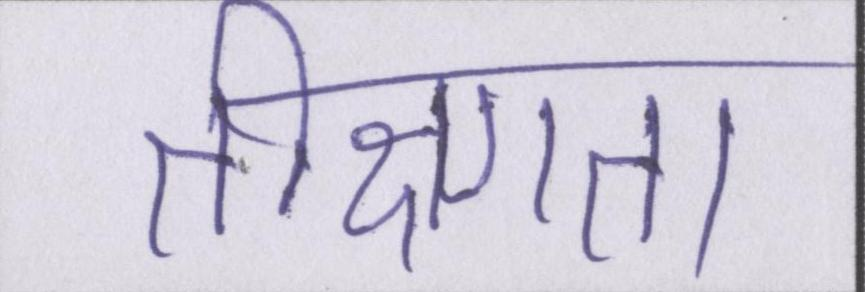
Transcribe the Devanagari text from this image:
तीक्ष्णता